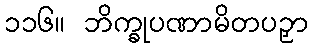
၁၁၆။ ဘိက္ခုပဏာမိတပဉှာ